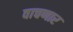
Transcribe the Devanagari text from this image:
वाचणार